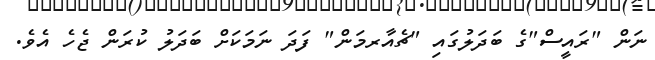
ނަން "ރައީސް"ގެ ބަދަލުގައި "ޗެއާރމަން" ފަދަ ނަމަކަށް ބަދަލު ކުރަން ޖެހެ އެވެ.